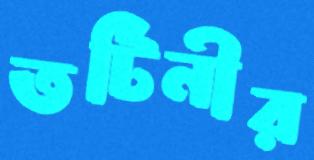
তটিনীর